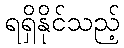
ရရှိနိုင်သည့်